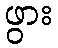
ဖွား